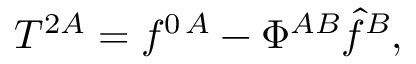
T ^ { 2 A } = f ^ { 0 \, A } - \Phi ^ { A B } \hat { f } ^ { B } ,